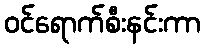
ဝင်ရောက်စီးနင်းကာ